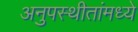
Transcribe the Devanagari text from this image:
अनुपस्थीतांमध्ये